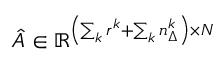
\hat { A } \in \mathbb { R } ^ { \left( \sum _ { k } r ^ { k } + \sum _ { k } n _ { \Delta } ^ { k } \right) \times N }